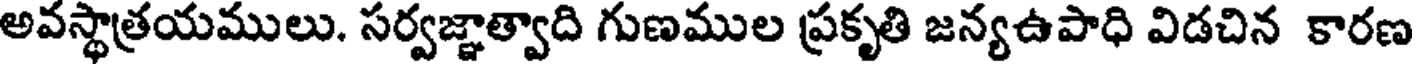
అవస్థాత్రయములు. సర్వజ్ఞాత్వాది గుణముల ప్రకృతి జన్యఉపాధి విడచిన కారణ